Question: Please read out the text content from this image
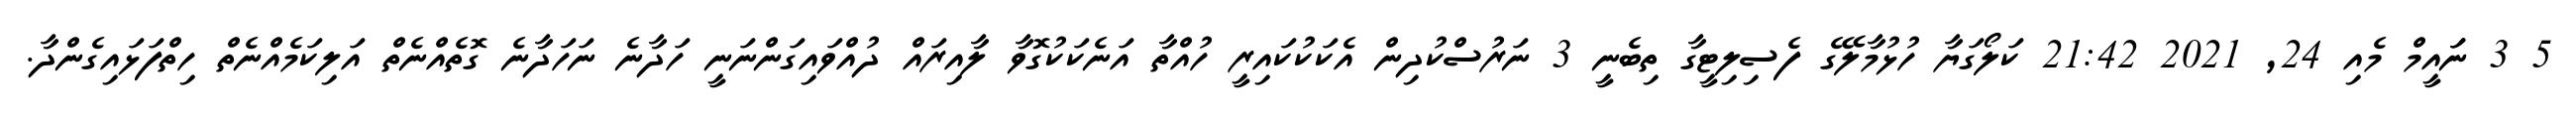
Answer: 5 3 ނަައީމް މެއި 24, 2021 21:42 ކަލޯގަޔާ ހުޅުމާލޭގެ ފެސިލިޓީގާ ތިބެނީ 3 ނަރުސްކުދިން އެކަކުކައިރީ ހުއްތާ އަނެކަކުގޮވާ ލާއިރައް ދުއްވައިގަންނަނީ ހަދާނެ ނަހަދާނެ ގޮތެއްނެތް އަލިކަމެއްނެތް ހިތްފަޅައިގެންދާ.